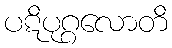
ပဋိပုဂ္ဂလောတိ